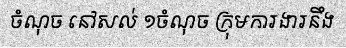
ចំណុច នៅសល់ ១ចំណុច ក្រុមការងារនឹង